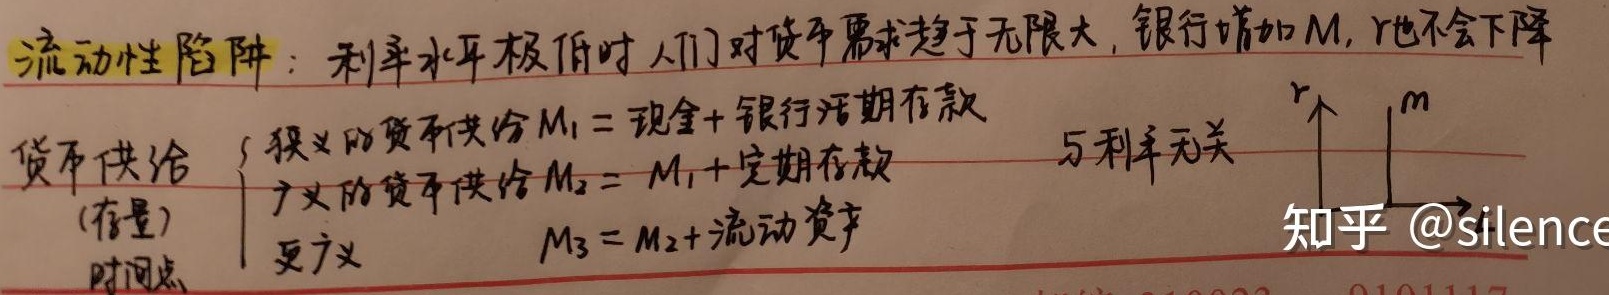
流动性陷阱：利率水平极低时人们对货币需求趋于无限大，银行增加 \( M \)，\( r \) 也不会下降。

货币供给(存量)：
\[
\begin{cases}
\text{狭义的货币供给 } M_1=\text{现金}+\text{银行活期存款}\\
\text{广义的货币供给 } M_2 = M_1+\text{定期存款}\\
\text{更广义 } M_3 = M_2+\text{流动资产}
\end{cases}
\]
与利率无关。

[公式对应的图像](此处因无法实际呈现图像，仅为示意公式旁有相关图像) 知乎 @silence